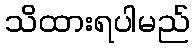
သိထားရပါမည်